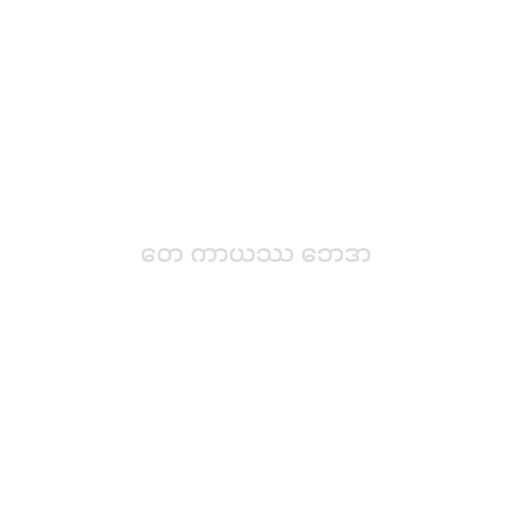
တေ ကာယဿ ဘေဒာ